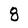
Character: 8